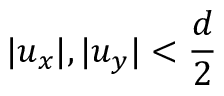
| { u } _ { x } | , | { u } _ { y } | < \frac { d } { 2 }